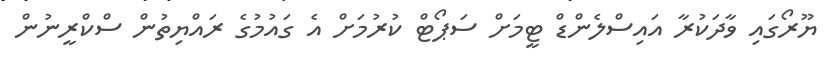
ޔޫރޯގައި ވާދަކުރާ އައިސްލެންޑް ޓީމަށް ސަޕޯޓް ކުރުމަށް އެ ގައުމުގެ ރައްޔިތުން ސްކްރީނުން